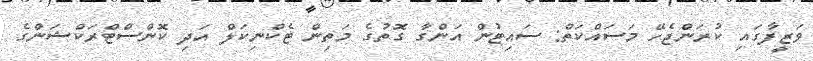
ވަޒީފާގައި ކުރަންޖެހޭ މަސައްކަތް: ސައިޓުން އަންގާ ގޮތުގެ މަތިން ޓެކްނިކަލް އަދި ކޮންސްޓްރަކްޝަންގެ